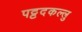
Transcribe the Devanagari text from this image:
पट्टदकल्लु